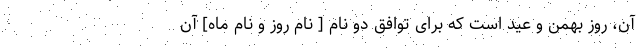
آن، روز بهمن و عید است که برای توافق دو نام [ نام روز و نام ماه] آن